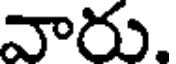
వారు.